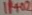
Text: IP+02